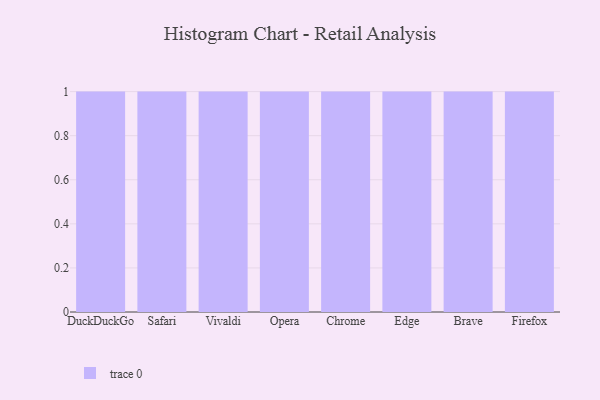
{"axis": {"x": "Browser", "y": "LTV (USD)"}, "legend": [""], "data": [{"x": "DuckDuckGo", "y": 70, "type": ""}, {"x": "Safari", "y": 35, "type": ""}, {"x": "Vivaldi", "y": 66, "type": ""}, {"x": "Opera", "y": 29, "type": ""}, {"x": "Chrome", "y": 97, "type": ""}, {"x": "Edge", "y": 94, "type": ""}, {"x": "Brave", "y": 86, "type": ""}, {"x": "Firefox", "y": 96, "type": ""}]}